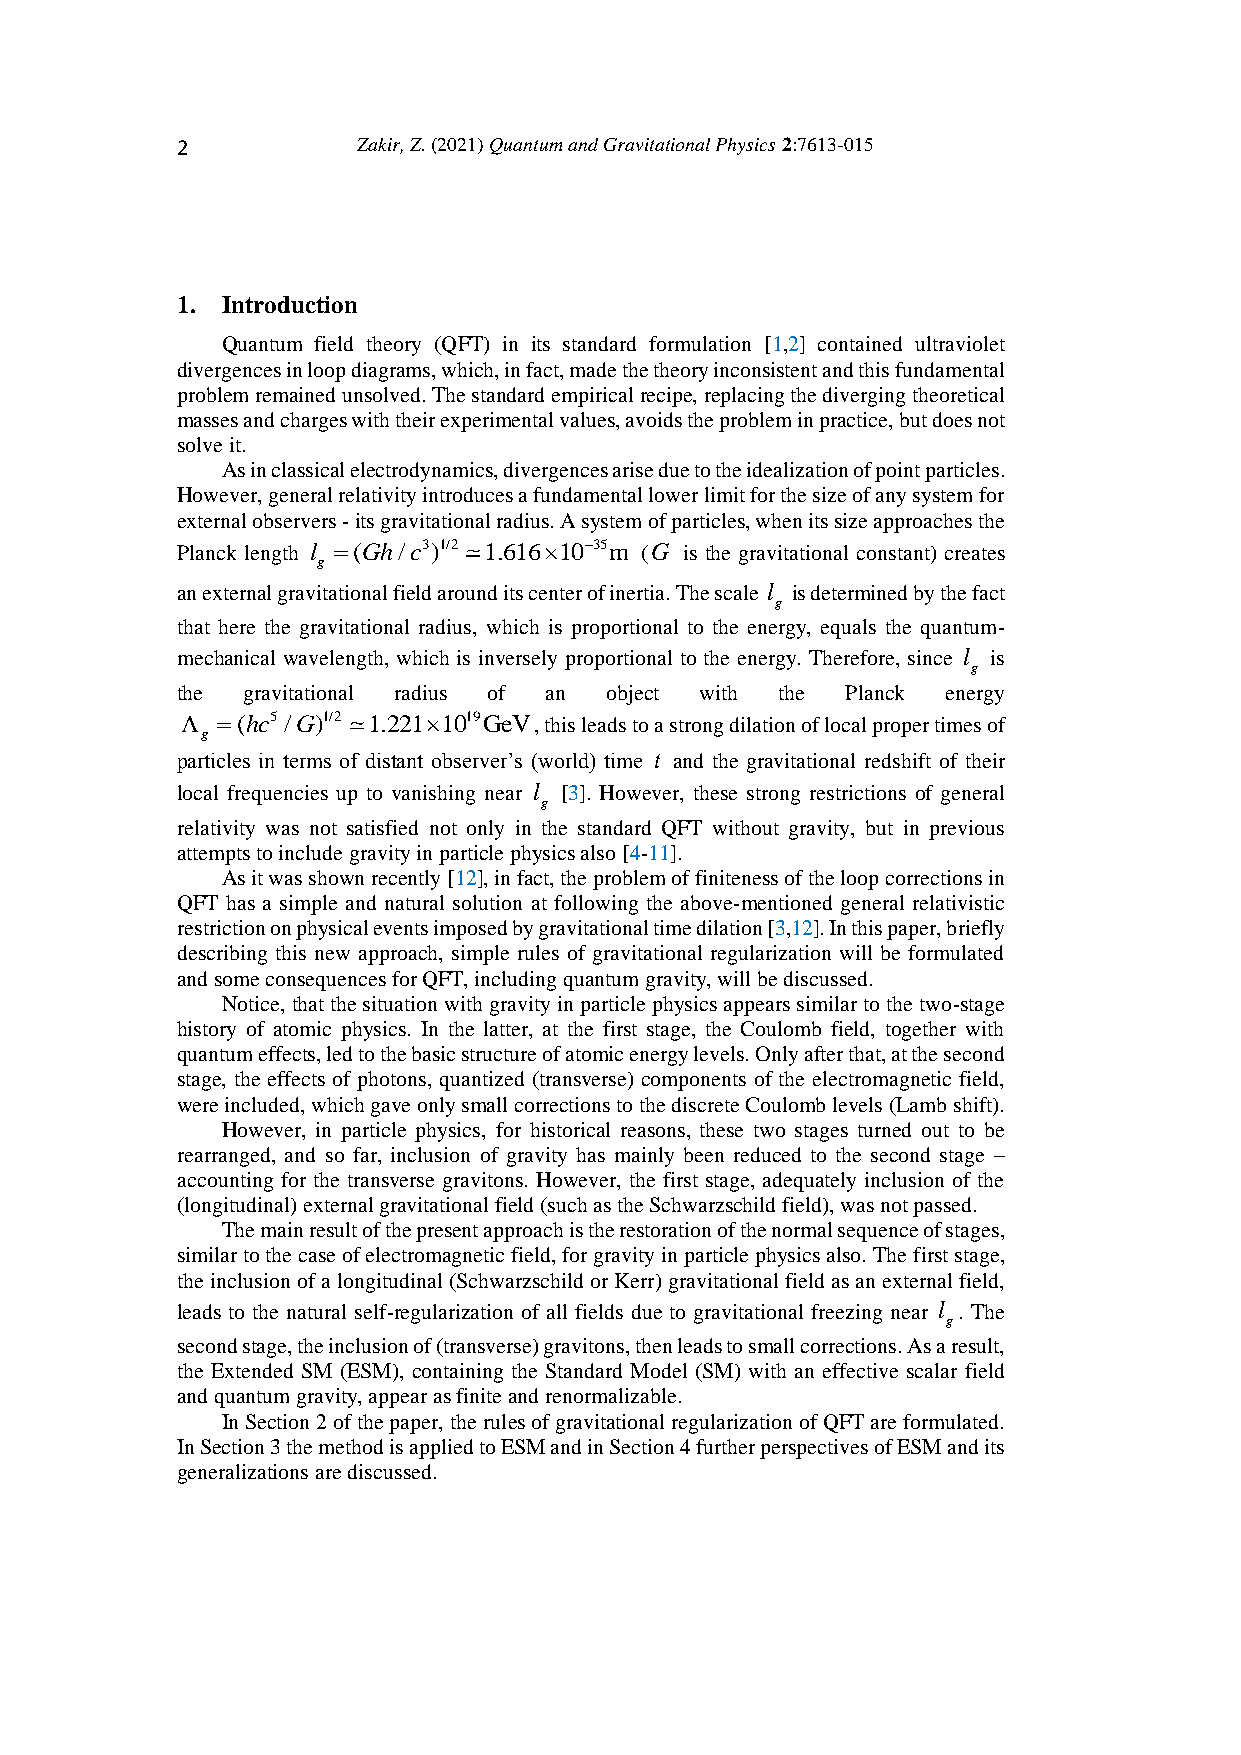
2           Zakir, Z. (2021) Quantum and Gravitational Physics 2:7613-015
 1. Introduction
 Quantum field theory (QFT) in its standard formulation [1,2] contained ultraviolet
 divergences in loop diagrams, which, in fact, made the theory inconsistent and this fundamental
 problem remained unsolved. The standard empirical recipe, replacing the diverging theoretical
 masses and charges with their experimental values, avoids the problem in practice, but does not
 solve it.
 As in classical electrodynamics, divergences arise due to the idealization of point particles.
 However, general relativity introduces a fundamental lower limit for the size of any system for
 external observers - its gravitational radius. A system of particles, when its size approaches the
 Planck length l (Gh/c3)1/2 1.6161035m (G is the gravitational constant) creates
 g
 an external gravitational field around its center of inertia. The scale l is determined by the fact
 g
 that here the gravitational radius, which is proportional to the energy, equals the quantum-
 mechanical wavelength, which is inversely proportional to the energy. Therefore, since l is
 g
 the gravitational radius of an object with the Planck energy
  (hc5 /G)1/2 1.2211019GeV, this leads to a strong dilation of local proper times of
 g
 particles in terms of distant observer’s (world) time t and the gravitational redshift of their
 local frequencies up to vanishing near l [3]. However, these strong restrictions of general
 g
 relativity was not satisfied not only in the standard QFT without gravity, but in previous
 attempts to include gravity in particle physics also [4-11].
 As it was shown recently [12], in fact, the problem of finiteness of the loop corrections in
 QFT has a simple and natural solution at following the above-mentioned general relativistic
 restriction on physical events imposed by gravitational time dilation [3,12]. In this paper, briefly
 describing this new approach, simple rules of gravitational regularization will be formulated
 and some consequences for QFT, including quantum gravity, will be discussed.
 Notice, that the situation with gravity in particle physics appears similar to the two-stage
 history of atomic physics. In the latter, at the first stage, the Coulomb field, together with
 quantum effects, led to the basic structure of atomic energy levels. Only after that, at the second
 stage, the effects of photons, quantized (transverse) components of the electromagnetic field,
 were included, which gave only small corrections to the discrete Coulomb levels (Lamb shift).
 However, in particle physics, for historical reasons, these two stages turned out to be
 rearranged, and so far, inclusion of gravity has mainly been reduced to the second stage –
 accounting for the transverse gravitons. However, the first stage, adequately inclusion of the
 (longitudinal) external gravitational field (such as the Schwarzschild field), was not passed.
 The main result of the present approach is the restoration of the normal sequence of stages,
 similar to the case of electromagnetic field, for gravity in particle physics also. The first stage,
 the inclusion of a longitudinal (Schwarzschild or Kerr) gravitational field as an external field,
 leads to the natural self-regularization of all fields due to gravitational freezing near l . The
 g
 second stage, the inclusion of (transverse) gravitons, then leads to small corrections. As a result,
 the Extended SM (ESM), containing the Standard Model (SM) with an effective scalar field
 and quantum gravity, appear as finite and renormalizable.
 In Section 2 of the paper, the rules of gravitational regularization of QFT are formulated.
 In Section 3 the method is applied to ESM and in Section 4 further perspectives of ESM and its
 generalizations are discussed.